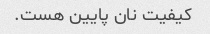
کیفیت نان پایین هست.